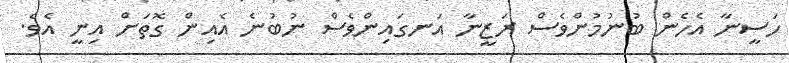
ހަސީނާ އެހެން ބުނުމުންވެސް ރަޒީނާ އަނގައިންވެސް ނުބުނެ އެއިން ގޮތަށް އިނީ އެވެ.